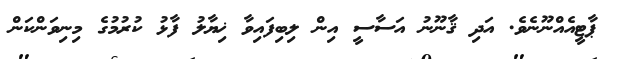
ޕާޓީއެއްނޫނެވެ. އަދި ޤާނޫނު އަސާސީ އިން ލިބިފައިވާ ޚިޔާލު ފާޅު ކުރުމުގެ މިނިވަންކަން